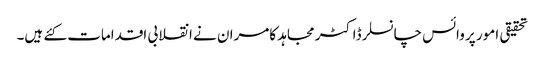
تحقیقی امور پر وائس چانسلر ڈاکٹر مجاہد کامران نے انقلابی اقدامات کئے ہیں۔